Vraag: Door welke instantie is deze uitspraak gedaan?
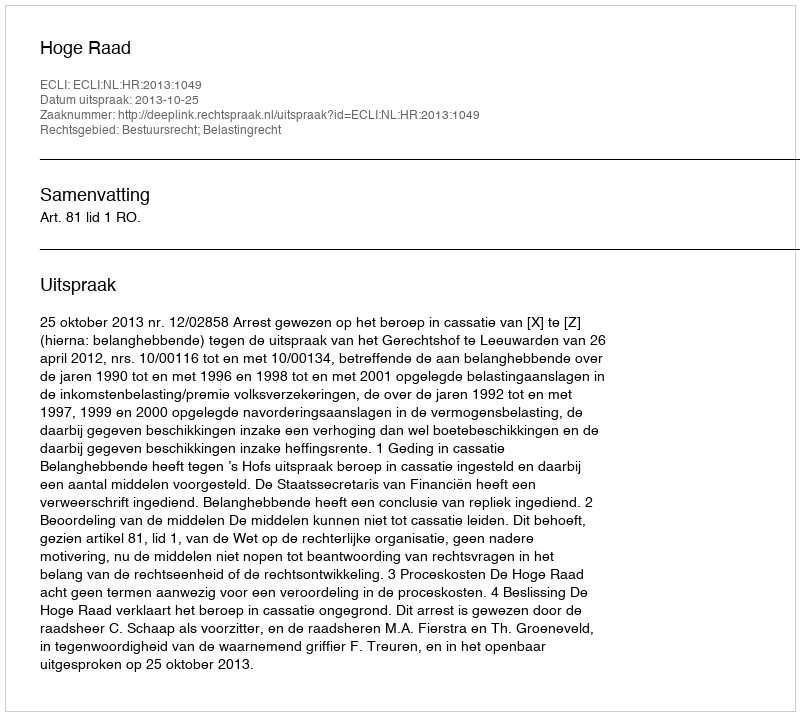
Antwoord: Hoge Raad